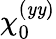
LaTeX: \chi_{0}^{(\mathit{y}\mathit{y})}